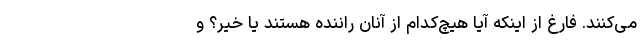
می‌کنند. فارغ از اینکه آیا هیچ‌کدام از آنان راننده هستند یا خیر؟ و